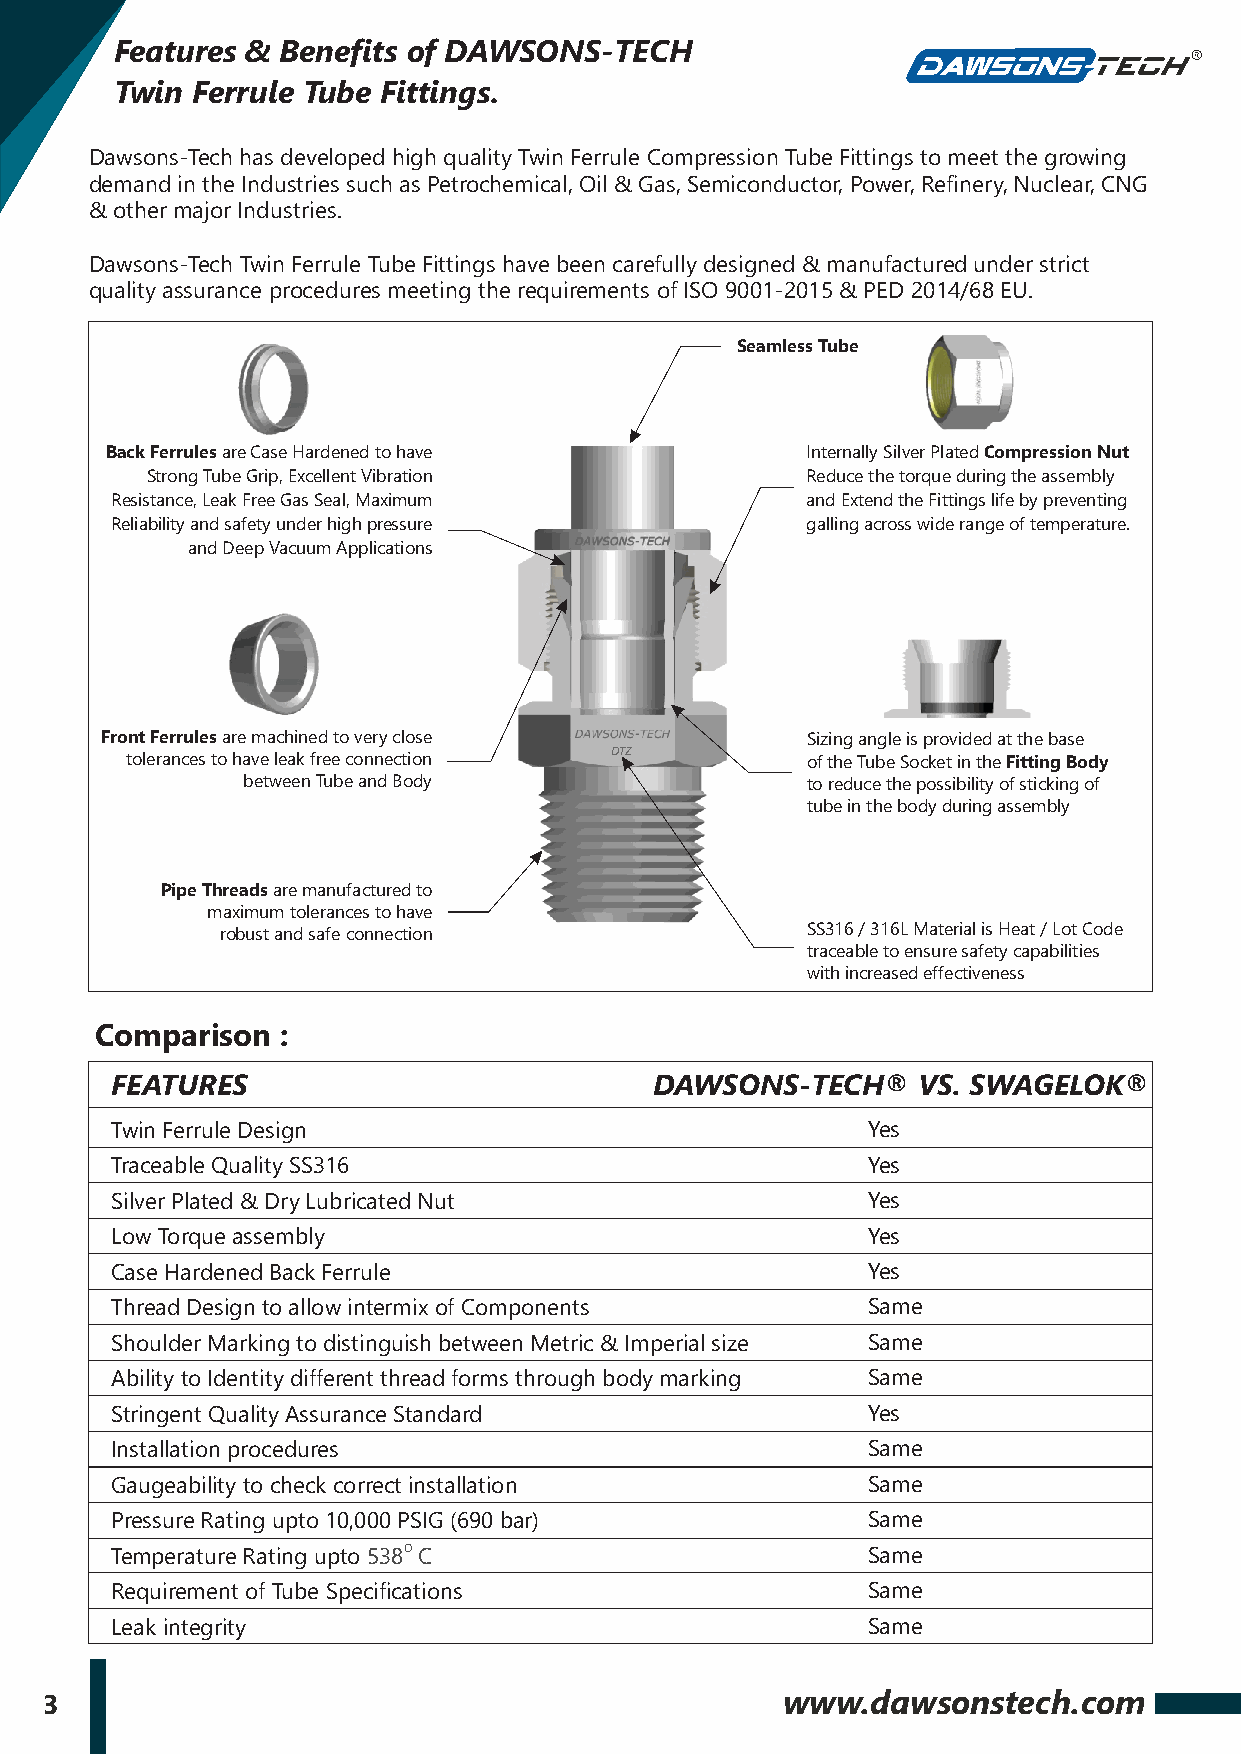
Features & Benefits of DAWSONS-TECH
 Twin Ferrule Tube Fittings.
 Dawsons-Tech has developed high quality Twin Ferrule Compression Tube Fittings to meet the growing
 demand in the Industries such as Petrochemical, Oil & Gas, Semiconductor, Power, Refinery, Nuclear, CNG
 & other major Industries.
 Dawsons-Tech Twin Ferrule Tube Fittings have been carefully designed & manufactured under strict
 quality assurance procedures meeting the requirements of ISO 9001-2015 & PED 2014/68 EU.
 Seamless Tube
 Back Ferrules are Case Hardened to have       Internally Silver Plated Compression Nut
 Strong Tube Grip, Excellent Vibration      Reduce the torque during the assembly
 Resistance, Leak Free Gas Seal, Maximum       and Extend the Fittings life by preventing
 Reliability and safety under high pressure    galling across wide range of temperature.
 and Deep Vacuum Applications
 Front Ferrules are machined to very close     Sizing angle is provided at the base
 tolerances to have leak free connection DTZ  of the Tube Socket in the Fitting Body
 between Tube and Body                to reduce the possibility of sticking of
 tube in the body during assembly
 Pipe Threads are manufactured to
 maximum tolerances to have
 robust and safe connection            SS316 / 316L Material is Heat / Lot Code
 traceable to ensure safety capabilities
 with increased effectiveness
 Comparison   :
 FEATURES                            DAWSONS-TECH®     VS. SWAGELOK®
 Twin Ferrule Design                               Yes
 Traceable Quality SS316                           Yes
 Silver Plated & Dry Lubricated Nut                Yes
 Low Torque assembly                               Yes
 Case Hardened Back Ferrule                        Yes
 Thread Design to allow intermix of Components     Same
 Shoulder Marking to distinguish between Metric & Imperial size Same
 Ability to Identity different thread forms through body marking Same
 Stringent Quality Assurance Standard              Yes
 Installation procedures                           Same
 Gaugeability to check correct installation        Same
 Pressure Rating upto 10,000 PSIG (690 bar)        Same
 Temperature Rating upto 538O C                    Same
 Requirement of Tube Specifications                Same
 Leak integrity                                    Same
 3                                                www.dawsonstech.com